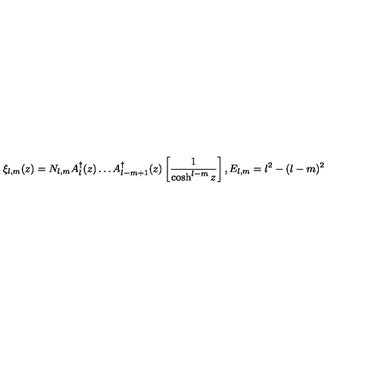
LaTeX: \xi _ { l , m } ( z ) = N _ { l , m } A _ { l } ^ { \dagger } ( z ) \dots A _ { l - m + 1 } ^ { \dagger } ( z ) \left[ \frac { 1 } { \cosh ^ { l - m } z } \right] , E _ { l , m } = l ^ { 2 } - ( l - m ) ^ { 2 }